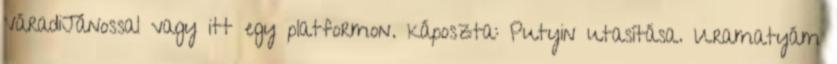
VáradiJánossal vagy itt egy platformon. káposzta: Putyin utasítása. Uramatyám